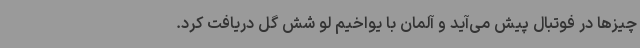
چیزها در فوتبال پیش می‌آید و آلمان با یواخیم لو شش گل دریافت کرد.